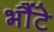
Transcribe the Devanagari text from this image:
भौंटे